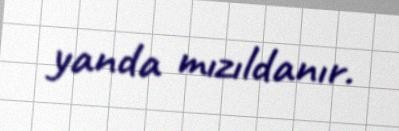
yanda mızıldanır.